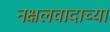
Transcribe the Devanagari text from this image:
नक्षलवादाच्या